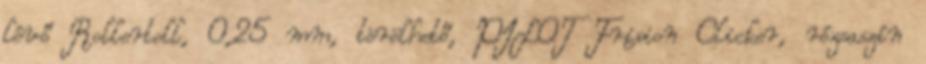
lévő Rollertoll, 0,25 mm, törölhető, PILOT Frixion Clicker, rózsaszín